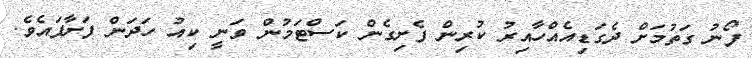
ފޯނު ގަތުމަށް ދެގަޑިއެއްހާއިރު ކުރިން ފެށިގެން ކަސްޓަމުން ވަނީ ކިއު ހަދަން ފަށާފައެވެ.